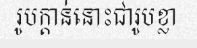
រូបក្តាន់នោះជារូបខ្លា